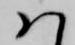
ハ